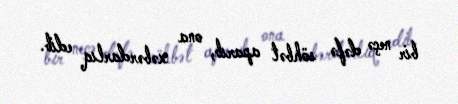
bir neçə dəfə söhbət aparıb, ona xəbərdarlıq edib.